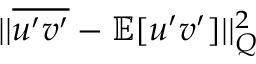
| | \overline { { u ^ { \prime } v ^ { \prime } } } - \mathbb { E } [ u ^ { \prime } v ^ { \prime } ] | | _ { Q } ^ { 2 }